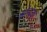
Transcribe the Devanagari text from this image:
होन्देदा